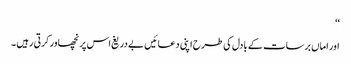
‘‘
اور اماں برسات کے بادل کی طرح اپنی دعائیں بے دریغ اس پر نچھاور کرتی رہیں ۔